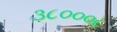
૩૮૦૦૦૮